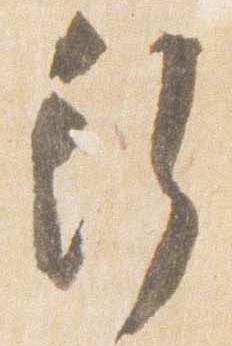
行